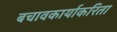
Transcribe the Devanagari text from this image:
बचावकार्याकरिता